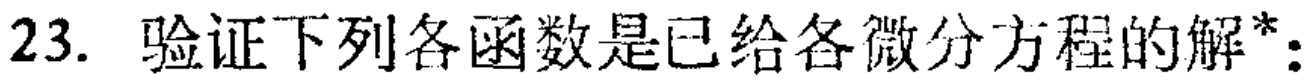
23. 验证下列各函数是已给各微分方程的解*：